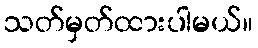
သတ်မှတ်ထားပါမယ်။